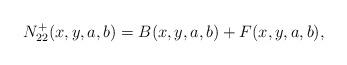
LaTeX: \begin{align*}N_{22}^{+}(x,y,a,b)=B(x,y,a,b)+F(x,y,a,b),\end{align*}